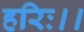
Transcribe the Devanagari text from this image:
हरिः।।